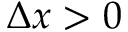
\Delta x > 0